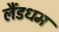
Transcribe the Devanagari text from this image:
लैंडधम